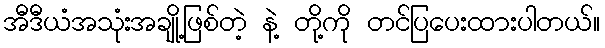
အီဒီယံအသုံးအချို့ဖြစ်တဲ့ နဲ့ တို့ကို တင်ပြပေးထားပါတယ်။